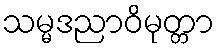
သမ္မဒညာဝိမုတ္တာ